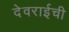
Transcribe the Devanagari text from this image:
देवराईची